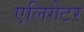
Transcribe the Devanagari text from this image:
एलिगेटर